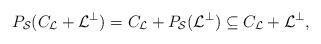
LaTeX: \begin{align*} P_{\mathcal{S}} (C_\mathcal{\mathcal{L}} + \mathcal{L}^{\perp}) = C_\mathcal{\mathcal{L}} +P_{\mathcal{S}} ( \mathcal{L}^{\perp}) \subseteq C_\mathcal{\mathcal{L}} + \mathcal{L}^{\perp},\end{align*}